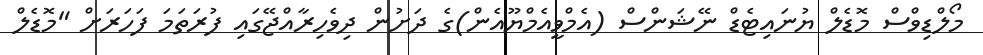
މޯލްޑިވްސް މޮޑެލް ޔުނައިޓެޑް ނޭޝަންސް (އެމްވީއެމްޔޫއެން)ގެ ދަށުން ދިވެހިރާއްޖޭގައި ފުރަތަމަ ފަހަރަށް "މޮޑެލް